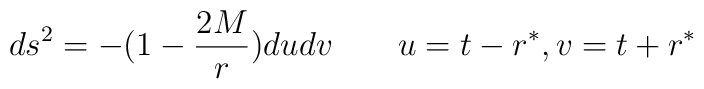
ds^2= -( 1- {2M\over r}) du dv \qquad  u =t-r^*, v=t+r^*